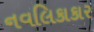
નવલિકાકાર